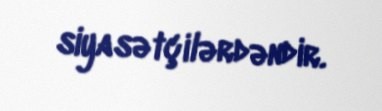
siyasətçilərdəndir.